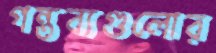
গন্তব্যগুলোর